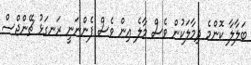
ބަލާލާ ކޮންމެ ދިމާލަކުން ވެސް މާލެ އިން ވެސް ފެންނަނީ ރަނގަޅު ޗޭންޖްސް